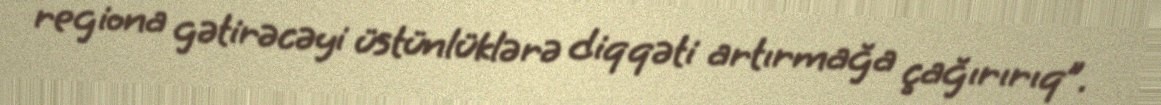
regiona gətirəcəyi üstünlüklərə diqqəti artırmağa çağırırıq”.